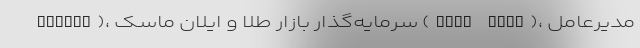
Schiff)، سرمایه‌گذار بازار طلا و ایلان ماسک (Elon Musk)، مدیرعامل